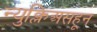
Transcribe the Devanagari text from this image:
न्युक्लिअसहून